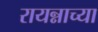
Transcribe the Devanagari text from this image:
रायन्नाच्या